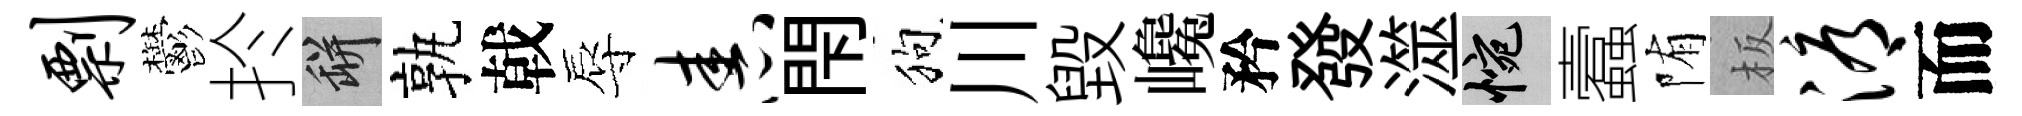
剽鬱扵瓶孰戟辱舂閇狗川毁巉矜發澨惋蠧陏板溽而